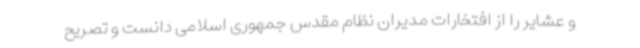
و عشایر را از افتخارات مدیران نظام مقدس جمهوری اسلامی دانست و تصریح